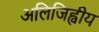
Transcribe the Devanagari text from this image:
अलिजिह्वीय